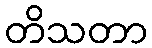
တိသတာ